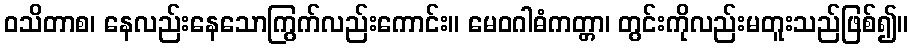
ဝသိတာစ၊ နေလည်းနေသောကြွက်လည်းကောင်း။ မေဝဂါဓံကတ္တာ၊ တွင်းကိုလည်းမတူးသည်ဖြစ်၍။